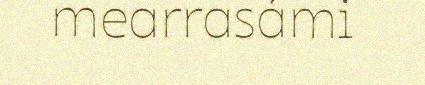
mearrasámi